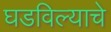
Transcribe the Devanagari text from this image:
घडविल्याचे